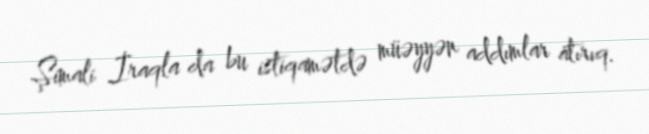
Şimali İraqla da bu istiqamətdə müəyyən addımlar atırıq.